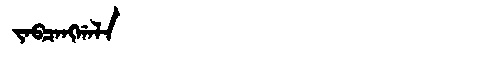
Manchu: ᠵᠠᠪᠴᠠᠩᡤᠠᠯᠠ
Romanization: JABCANGGALA